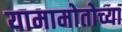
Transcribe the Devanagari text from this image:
यामामोतोच्या